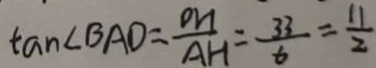
\tan \angle B A D = \frac { D H } { A H } = \frac { 3 3 } { 6 } = \frac { 1 1 } { 2 }